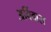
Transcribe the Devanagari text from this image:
अर्विदास